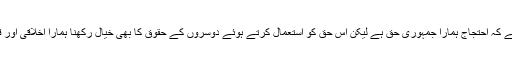
تاجروں کا کہنا ہے کہ احتجاج ہمارا جمہوری حق ہے لیکن اس حق کو استعمال کرتے ہوئے دوسروں کے حقوق کا بھی خیال رکھنا ہمارا اخلاقی اور قانونی فرض ہے۔